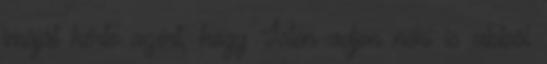
imáját kérte azért, hogy Isten adjon neki is abból